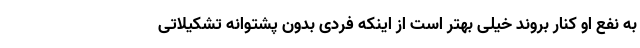
به نفع او کنار بروند خیلی بهتر است از اینکه فردی بدون پشتوانه تشکیلاتی